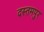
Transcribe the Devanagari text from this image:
दस्तमपुर